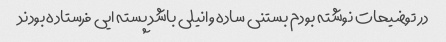
در توضیحات نوشته بودم بستنی ساده وانیلی باشد پسته ایی فرستاده بودند